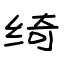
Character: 绮